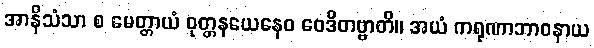
အာနိသံသာ စ မေတ္တာယံ ဝုတ္တနယေနေဝ ဝေဒိတဗ္ဗာတိ။ အယံ ကရုဏာဘာဝနာယ